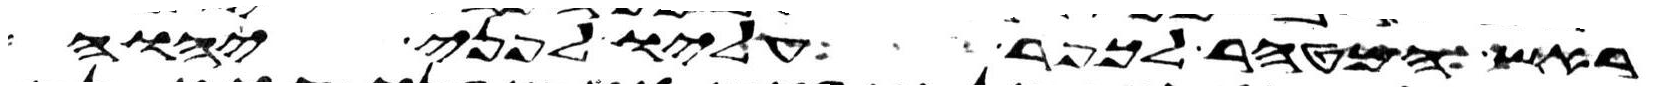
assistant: ראש המטהר לכפר עליו לפני יהוה